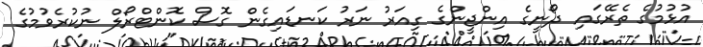
އުޅުމުގެ ތެރޭގައި ދޯނީގެ އިންޖީންގެ ގިއަރު ނަރު ކަނޑައިގެން ގޮސް ކޮންޓްރޯލް ނުކުރެވުމުގެ